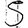
Digit: 5